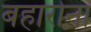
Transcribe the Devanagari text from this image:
बहारोना